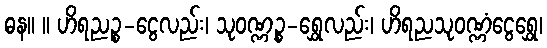
ဓန။ ။ ဟိရညဉ္စ-ငွေလည်း၊ သုဝဏ္ဏဉ္စ-ရွှေလည်း၊ ဟိရညသုဝဏ္ဏံငွေရွှေ၊